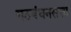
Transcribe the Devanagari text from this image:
गठबंधनसत्ता